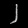
Digit: ၂